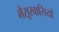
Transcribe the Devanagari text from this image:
मैसूरवासियों